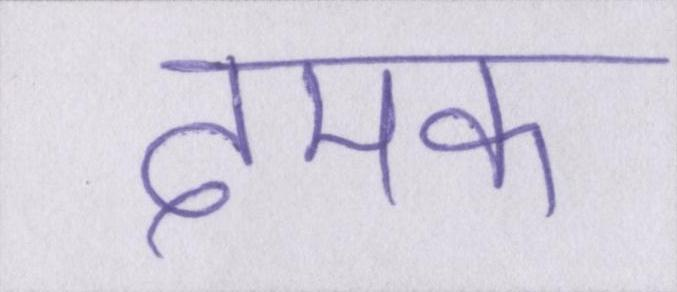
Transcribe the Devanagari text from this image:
दमक